Lunatic asylums Central Provinces reports 1895-1909 - 1895-1909
Year: 1895
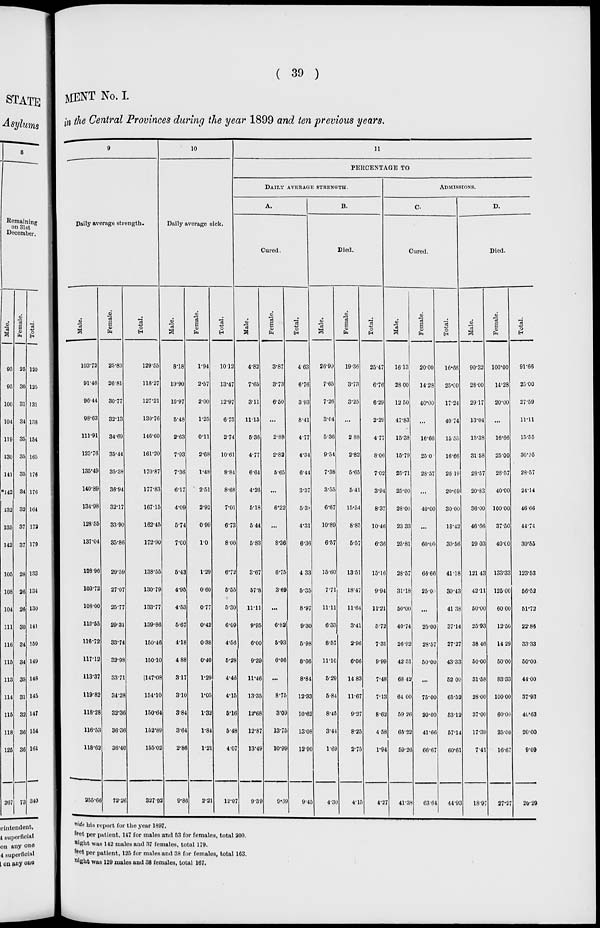
( 39 )
MENT No. I.
in the Central Provinces during the year 1899 and ten previous years.
9
Daily average strength.
Male.
103.72
91.46
96.44
98.63
111.91
125.76
135.49
140.89
134.98
128.55
137.04
108.96
103.72
108.00
110.55
116.72
117.12
113.37
119.82
118.28
116.53
118.62
255.66
Female.
25.83
26.81
30.77
32.13
34.69
35.44
35.38
36.94
32.17
33.90
35.86
29.59
27.07
25.77
29.31
33.74
32.98
33.71
34.28
32.36
36.36
36.40
72.26
Total.
129.55
118.27
127.21
130.76
146.60
161.20
170.87
177.83
167.15
162.45
172.90
138.55
130.79
133.77
139.86
150.46
150.10
147.08
154.10
150.64
152.89
155.02
327.92
10
Daily average sick.
Male.
8.18
10.90
10.97
5.48
2.63
7.93
7.36
6.17
4.09
5.74
7.00
5.43
4.95
4.53
5.67
4.18
4.88
3.17
3.10
3.84
3.64
2.86
9.86
Female.
1.94
2.57
2.00
1.25
0.11
2.68
1.48
2.51
2.92
0.99
1.0
1.29
0.60
0.77
0.42
0.38
0.40
1.29
1.05
1.32
1.84
1.24
2.21
Total.
10.12
13.47
12.97
6.73
2.74
10.61
8.84
8.68
7.01
6.73
8.00
6.72
5.55
5.30
6.09
4.56
5.28
4.46
4.15
5.16
5.48
4.07
12.07
11
PERCENTAGE TO
DAILY AVERAGE STRENGTH.
A.
Cured.
Male.
4.82
7.65
3.11
11.15
5.36
4.77
6.64
4.26
5.18
5.44
5.83
3.67
57.8
11.11
9.95
6.00
9.39
11.46
13.35
12.68
12.87
13.49
9.39
Female.
3.87
3.73
6.50
...
2.88
2.82
5.65
...
6.22
...
8.36
6.75
3.69
...
6.82
5.93
6.06
...
8.75
3.09
13.75
10.99
9.69
Total.
4.63
6.76
3.93
8.41
4.77
4.34
6.44
3.37
5.38
4.31
6.36
4.33
5.35
8.97
9.30
5.98
8.66
8.84
12.33
10.62
13.08
12.90
9.45
B.
Died.
Male.
26.99
7.65
7.26
3.04
5.36
9.54
7.38
3.55
6.67
10.89
6.57
15.60
7.71
11.11
6.33
8.57
11.10
5.29
5.84
8.45
3.44
1.69
4.30
Female.
19.36
3.73
3.25
...
2.88
2.82
5.65
5.41
15.54
8.85
5.57
13.51
18.47
11.64
3.41
2.96
6.06
14.83
11.67
9.27
8.25
2.75
4.15
Total.
25.47
6.76
6.29
2.29
4.77
8.06
7.02
3.94
8.37
10.46
6.36
15.16
9.94
11.21
5.72
7.31
9.99
7.48
7.13
8.62
4.58
1.94
4.27
ADMISSIONS.
C.
Cured.
Male.
16.13
28.00
12.50
47.83
15.38
15.79
25.71
25.00
28.00
23.33
25.81
28.57
31.18
50.00
40.74
26.92
42.31
68.42
64.00
59.26
65.22
59.26
41.38
Female.
20.00
14.28
40.00
...
16.66
25.0
28.57
...
40.00
...
60.00
66.66
25.00
...
25.00
28.57
50.00
...
75.00
20.00
41.66
66.67
63.64
Total.
16.66
25.00
17.24
40.74
15.55
16.66
26.19
20.69
30.00
18.42
30.56
41.18
30.43
41.38
37.14
27.27
43.33
52.00
65.52
53.12
57.14
60.61
44.93
D.
Died.
Male.
90.32
28.00
29.17
13.04
15.38
31.58
28.57
20.83
36.00
46.66
29.03
121.43
42.11
50.00
25.93
38.46
50.00
31.58
28.00
37.00
17.39
7.41
18.97
Female.
100.00
14.28
20.00
...
16.66
25.00
28.57
40.00
100.00
37.50
40.00
133.33
125.00
60.00
12.50
14.29
50.00
83.33
100.00
60.00
25.00
16.67
27.27
Total.
91.66
25.00
27.59
11.11
15.55
30.95
28.57
24.14
46.66
44.74
30.55
123.53
56.52
51.72
22.86
33.33
50.00
44.00
37.93
40.63
20.00
9.09
20.29
vide his report for the year 1897.
feet per patient, 147 for males and 53 for females, total 200.
night was 142 males and 37 females, total 179.
feet per patient, 125 for males and 38 for females, total 163.
night was 129 males and 38 females, total 167.